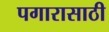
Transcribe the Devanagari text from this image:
पगारासाठी